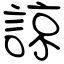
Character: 諒